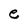
Character: e